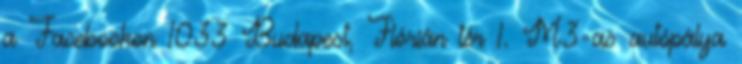
a Facebookon 1033 Budapest, Flórián tér 1. M3-as autópálya